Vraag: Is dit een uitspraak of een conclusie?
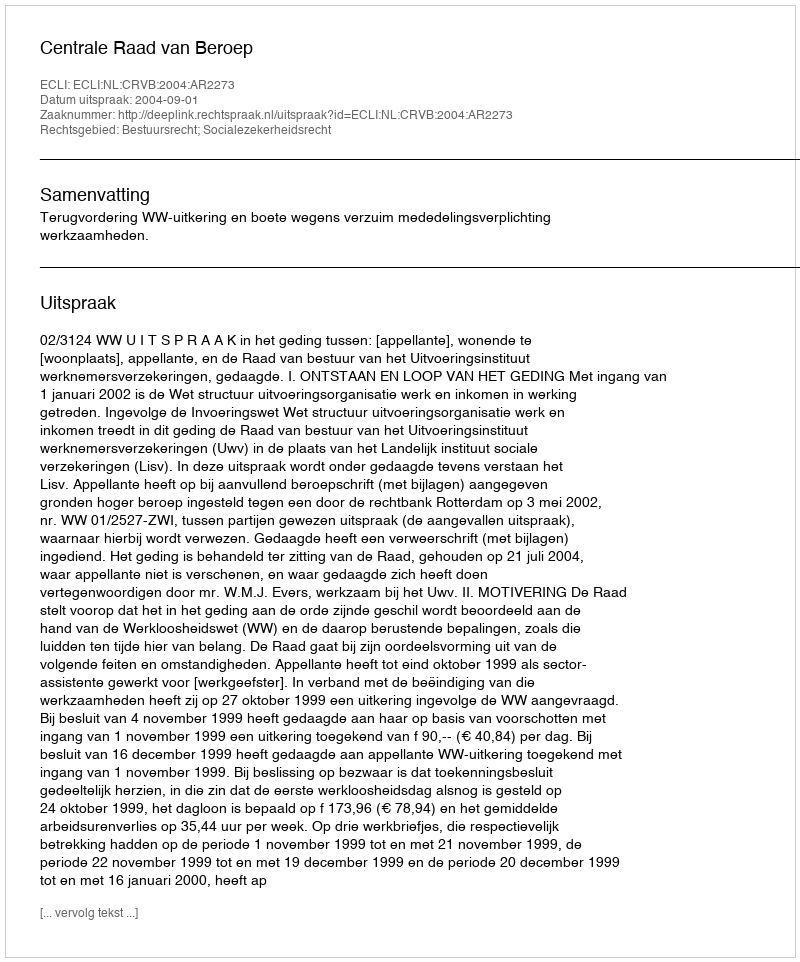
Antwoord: Uitspraak